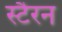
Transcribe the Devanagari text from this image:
स्टैरन